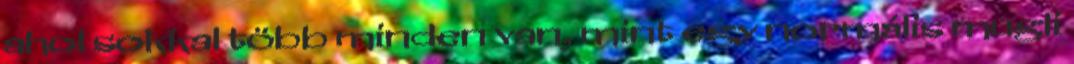
ahol sokkal több minden van, mint egy normális mugli